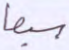
سبعا